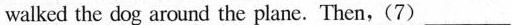
walked the dog around the plane.Then,(7)___